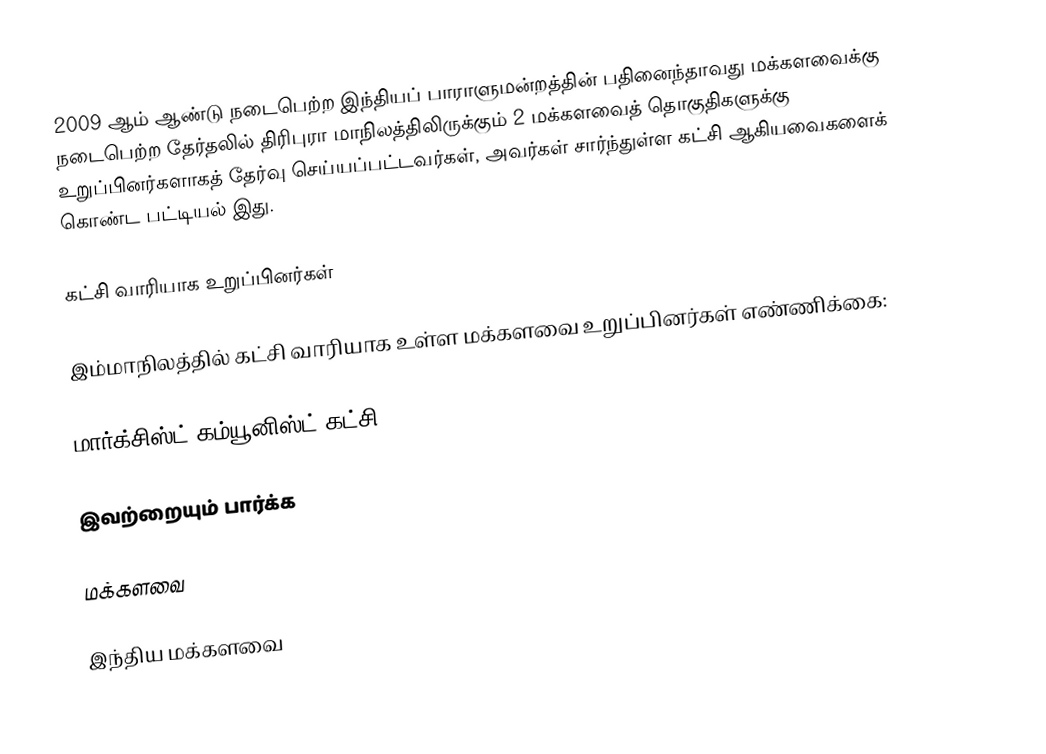
2009 ஆம் ஆண்டு நடைபெற்ற இந்தியப் பாராளுமன்றத்தின் பதினைந்தாவது மக்களவைக்கு நடைபெற்ற தேர்தலில் திரிபுரா மாநிலத்திலிருக்கும் 2 மக்களவைத் தொகுதிகளுக்கு உறுப்பினர்களாகத் தேர்வு செய்யப்பட்டவர்கள், அவர்கள் சார்ந்துள்ள கட்சி ஆகியவைகளைக் கொண்ட பட்டியல் இது.

கட்சி வாரியாக உறுப்பினர்கள்

இம்மாநிலத்தில் கட்சி வாரியாக உள்ள மக்களவை உறுப்பினர்கள் எண்ணிக்கை:

மார்க்சிஸ்ட் கம்யூனிஸ்ட் கட்சி - 2

இவற்றையும் பார்க்க

 மக்களவை

இந்திய மக்களவை